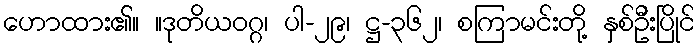
ဟောထား၏။ ။ဒုတိယဝဂ္ဂ၊ ပါ-၂၉၊ ဋ္ဌ-၃၆၂၊ စကြာမင်းတို့ နှစ်ဦးပြိုင်